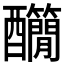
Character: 𨤄